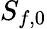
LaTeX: S_{f,0}